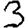
Digit: 3